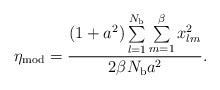
LaTeX: \begin{align*}\eta_{\rm mod}=\frac{(1+a^{2})\sum\limits_{l=1}^{N_{\rm b}}\sum\limits_{m=1}^{\beta} x_{lm}^{2}}{2\beta N_{\rm b}a^{2}}.\end{align*}